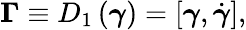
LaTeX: \boldsymbol{\Gamma}\equiv D_{1}\left(\boldsymbol{\gamma}\right)=[\boldsymbol{\gamma},\dot{\boldsymbol{\gamma}}],